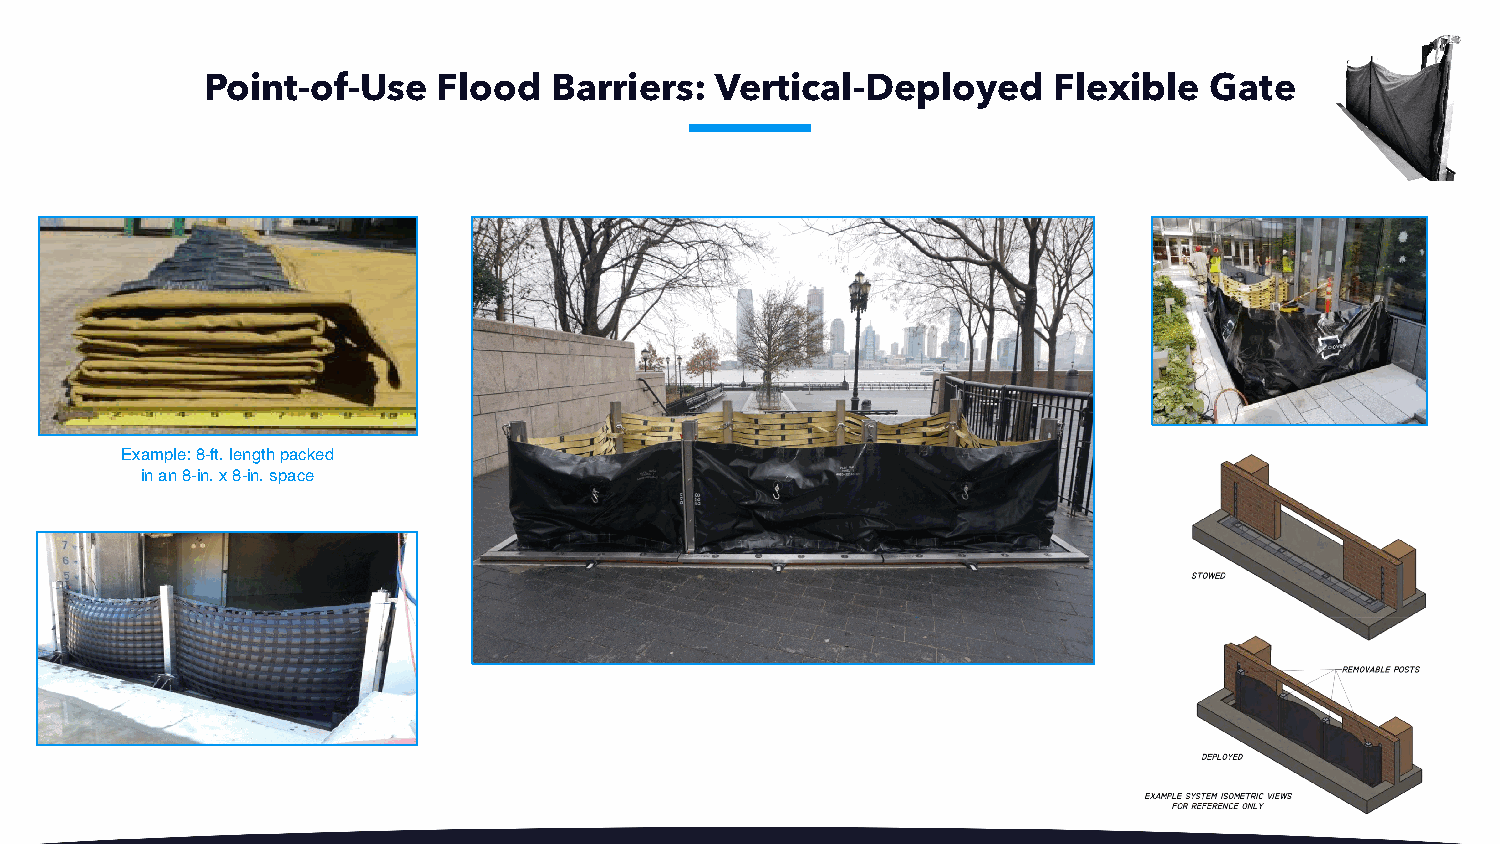
Point-of-Use   Flood   Barriers: Vertical-Deployed      Flexible  Gate
 Example: 8-ft. length packed
 in an 8-in. x 8-in. space
 57